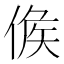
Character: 𠊱